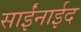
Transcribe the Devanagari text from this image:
साईंनाईद